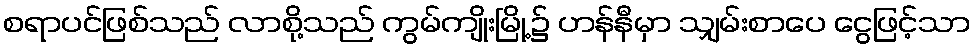
စရာပင်ဖြစ်သည် လာစို့သည် ကွမ်ကျိုးမြို့၌ ဟန်နီမှာ သျှမ်းစာပေ ငွေဖြင့်သာ